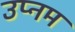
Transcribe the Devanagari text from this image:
उप्नम